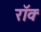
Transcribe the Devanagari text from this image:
रॉक्‍